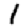
Digit: 1